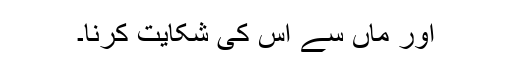
اور ماں سے اس کی شکایت کرنا۔